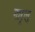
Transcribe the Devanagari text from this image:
नार्‍लु